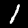
Digit: 1